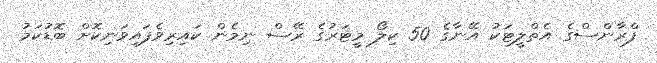
ފްރާންސްގެ އެތްލީޓަކު އޭނާގެ 50 ކިލޯ މީޓަރުގެ ރޭސް ނިމެން ކައިރިވެފައިވަނިކޮށް ބޮޑުކަމު